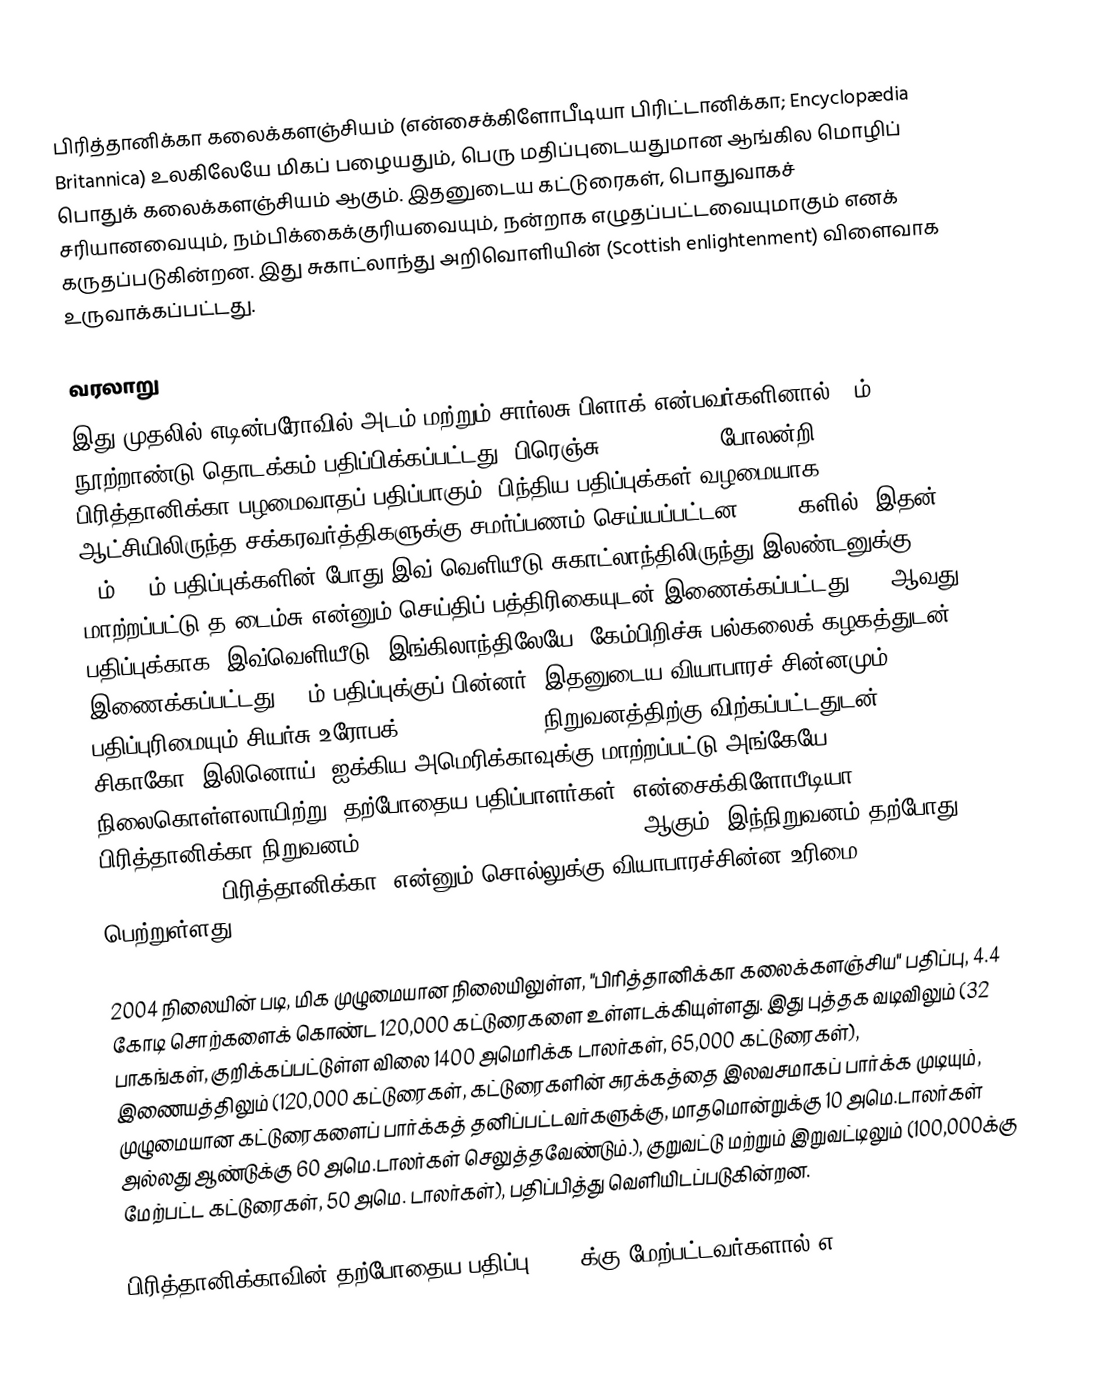
பிரித்தானிக்கா கலைக்களஞ்சியம் (என்சைக்கிளோபீடியா பிரிட்டானிக்கா; Encyclopædia Britannica) உலகிலேயே மிகப் பழையதும், பெரு மதிப்புடையதுமான ஆங்கில மொழிப் பொதுக் கலைக்களஞ்சியம் ஆகும். இதனுடைய கட்டுரைகள், பொதுவாகச் சரியானவையும், நம்பிக்கைக்குரியவையும், நன்றாக எழுதப்பட்டவையுமாகும் எனக் கருதப்படுகின்றன. இது சுகாட்லாந்து அறிவொளியின் (Scottish enlightenment) விளைவாக உருவாக்கப்பட்டது.

வரலாறு
இது முதலில் எடின்பரோவில் அடம் மற்றும் சார்லசு பிளாக் என்பவர்களினால் 18ம் நூற்றாண்டு தொடக்கம் பதிப்பிக்கப்பட்டது. பிரெஞ்சு Encyclopédie போலன்றி, பிரித்தானிக்கா பழமைவாதப் பதிப்பாகும். பிந்திய பதிப்புக்கள் வழமையாக ஆட்சியிலிருந்த சக்கரவர்த்திகளுக்கு சமர்ப்பணம் செய்யப்பட்டன. 1870 களில், இதன் 19ம், 20ம் பதிப்புக்களின் போது இவ் வெளியீடு சுகாட்லாந்திலிருந்து இலண்டனுக்கு மாற்றப்பட்டு த டைம்சு என்னும் செய்திப் பத்திரிகையுடன் இணைக்கப்பட்டது. 11 ஆவது பதிப்புக்காக, இவ்வெளியீடு, இங்கிலாந்திலேயே, கேம்பிறிச்சு பல்கலைக் கழகத்துடன் இணைக்கப்பட்டது. 11ம் பதிப்புக்குப் பின்னர், இதனுடைய வியாபாரச் சின்னமும், பதிப்புரிமையும் சியர்சு உரோபக் (Sears Roebuck) நிறுவனத்திற்கு விற்கப்பட்டதுடன், சிகாகோ, இலினொய், ஐக்கிய அமெரிக்காவுக்கு மாற்றப்பட்டு அங்கேயே நிலைகொள்ளலாயிற்று. தற்போதைய பதிப்பாளர்கள் "என்சைக்கிளோபீடியா பிரித்தானிக்கா நிறுவனம்" (Encyclopædia Britannica Inc.) ஆகும். இந்நிறுவனம் தற்போது "Britannica" (பிரித்தானிக்கா) என்னும் சொல்லுக்கு வியாபாரச்சின்ன உரிமை பெற்றுள்ளது.

2004 நிலையின் படி, மிக முழுமையான நிலையிலுள்ள, "பிரித்தானிக்கா கலைக்களஞ்சிய" பதிப்பு, 4.4 கோடி சொற்களைக் கொண்ட 120,000 கட்டுரைகளை உள்ளடக்கியுள்ளது. இது புத்தக வடிவிலும் (32 பாகங்கள், குறிக்கப்பட்டுள்ள விலை 1400 அமெரிக்க டாலர்கள், 65,000 கட்டுரைகள்), இணையத்திலும் (120,000 கட்டுரைகள், கட்டுரைகளின் சுரக்கத்தை இலவசமாகப் பார்க்க முடியும், முழுமையான கட்டுரைகளைப் பார்க்கத் தனிப்பட்டவர்களுக்கு, மாதமொன்றுக்கு 10 அமெ.டாலர்கள் அல்லது ஆண்டுக்கு 60 அமெ.டாலர்கள் செலுத்தவேண்டும்.), குறுவட்டு மற்றும் இறுவட்டிலும் (100,000க்கு மேற்பட்ட கட்டுரைகள், 50 அமெ. டாலர்கள்), பதிப்பித்து வெளியிடப்படுகின்றன.

பிரித்தானிக்காவின் தற்போதைய பதிப்பு 4000 க்கு மேற்பட்டவர்களால் எ